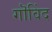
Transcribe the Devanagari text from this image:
गॊविंद